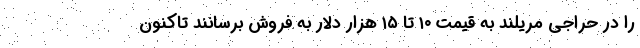
را در حراجی مریلند به قیمت ۱۰ تا ۱۵ هزار دلار به فروش برسانند تاکنون